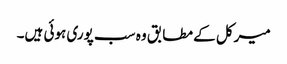
میرکل کے مطابق وہ سب پوری ہوئی ہیں۔